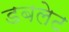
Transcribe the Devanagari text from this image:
डबलेट